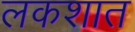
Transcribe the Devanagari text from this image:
लकशात